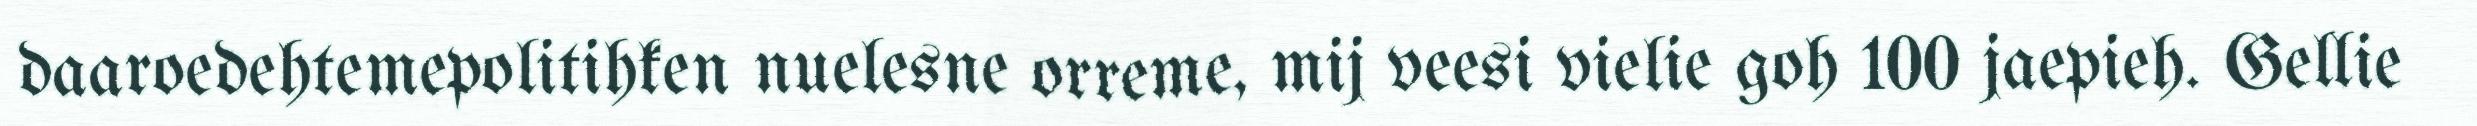
daaroedehtemepolitihken nuelesne orreme, mij veesi vielie goh 100 jaepieh. Gellie